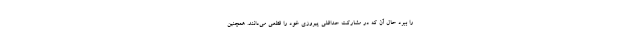
را ببرد حال آن که در مشارکت حداقلی پیروزی خود را قطعی می‌دانند. همچنین